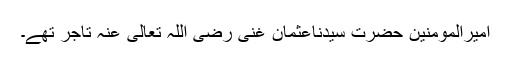
امیرالمؤمنین حضرت سیِّدُناعثمان غنی رَضِیَ اللّٰہُ تَعَالٰی عَنْہ تاجر تھے۔